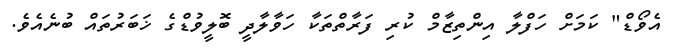
އެވޯޑް" ކަމަށް ހަފްލާ އިންތިޒާމް ކުރި ފަރާތްތަކާ ހަވާލާދީ ބޮލީވުޑްގެ ޚަބަރުތައް ބުނެއެވެ.